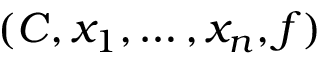
( C , x _ { 1 } , \ldots , x _ { n } , f )